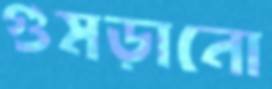
গুমড়ানো